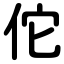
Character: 佗